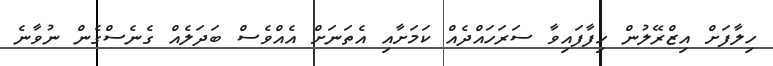
ހިލާފަށް އިޒްރޭލުން ހިފާފައިވާ ސަރަހައްދެއް ކަމަށާއި އެތަނަށް އެއްވެސް ބަދަލެއް ގެނެސްގެން ނުވާނެ